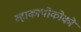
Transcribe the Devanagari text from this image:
व्हाकापोकोको